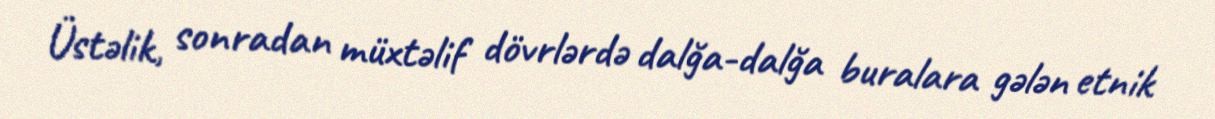
Üstəlik, sonradan müxtəlif dövrlərdə dalğa-dalğa buralara gələn etnik